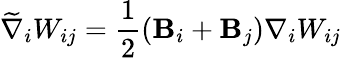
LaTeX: \widetilde{\nabla}_{i}W_{ij}=\frac{1}{2}\left(\mathbf{B}_{i}+\mathbf{B}_{j}\right)\nabla_{i}W_{ij}